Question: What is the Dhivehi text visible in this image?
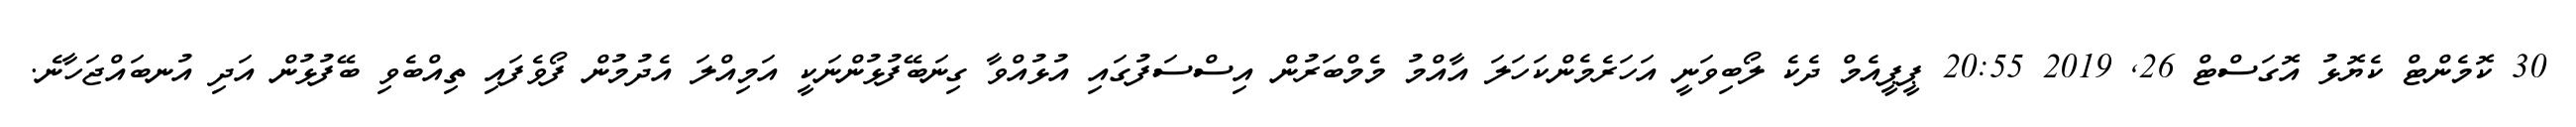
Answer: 30 ކޮމެންޓް ކެޔޮޅު އޮގަސްޓް 26, 2019 20:55 ޕީޕީއެމް ދެކެ ލޯބިވަނީ އަހަރެމެންކަހަލަ އާއްމު މެމްބަރުން އިސްސަފުގައި އުޅުއްވާ ގިނަބޭފުޅުންނަކީ އަމިއްލަ އެދުމުން ފޯވެފައި ތިއްބެވި ބޭފުޅުން އަދި އުނބައްޖަހާނެ.